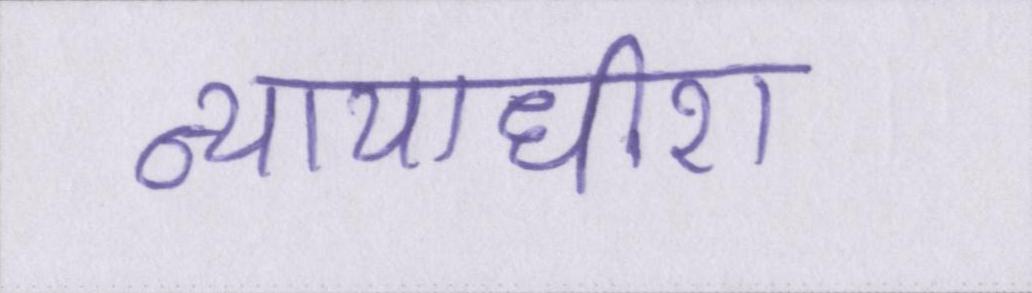
न्यायाधीश